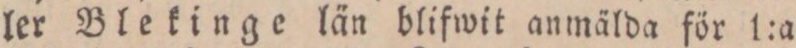
ler Blekinge län blifwit anmälda för 1:a